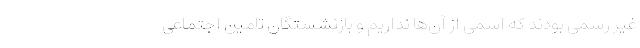
غیر رسمی بودند که اسمی از آن‌ها نداریم و بازنشستگان تامین اجتماعی